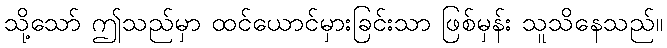
သို့သော် ဤသည်မှာ ထင်ယောင်မှားခြင်းသာ ဖြစ်မှန်း သူသိနေသည်။